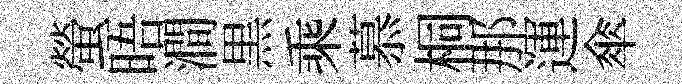
螢晤澗黒乘慕桐那運傘